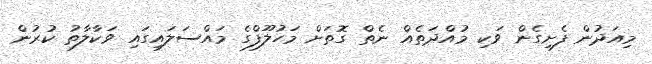
މިއަދުން ފެށިގެން ވަކި މުއްދަތެއް ނެތް ގޮތަށް މަހުލޫފްގެ މައްސަލައިގައި ވަކާލާތު ކުރުން